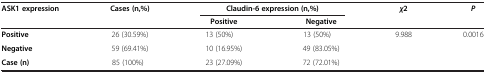
<table><thead><tr><td><b>ASK1 expression</b></td><td><b>Cases (n,%)</b></td><td colspan="2"><b>Claudin-6 expression (n,%)</b></td><td><b><i>χ</i>2</b></td><td><b><i>P</i></b></td></tr><tr><td><b> </b></td><td><b> </b></td><td><b>Positive</b></td><td><b>Negative</b></td><td><b> </b></td><td><b> </b></td></tr></thead><tbody><tr><td><b>Positive</b></td><td>26 (30.59%)</td><td>13 (50%)</td><td>13 (50%)</td><td rowspan="2">9.988</td><td rowspan="2">0.0016</td></tr><tr><td><b>Negative</b></td><td>59 (69.41%)</td><td>10 (16.95%)</td><td>49 (83.05%)</td></tr><tr><td><b>Case (n)</b></td><td>85 (100%)</td><td>23 (27.09%)</td><td>72 (72.01%)</td><td> </td><td> </td></tr></tbody></table>